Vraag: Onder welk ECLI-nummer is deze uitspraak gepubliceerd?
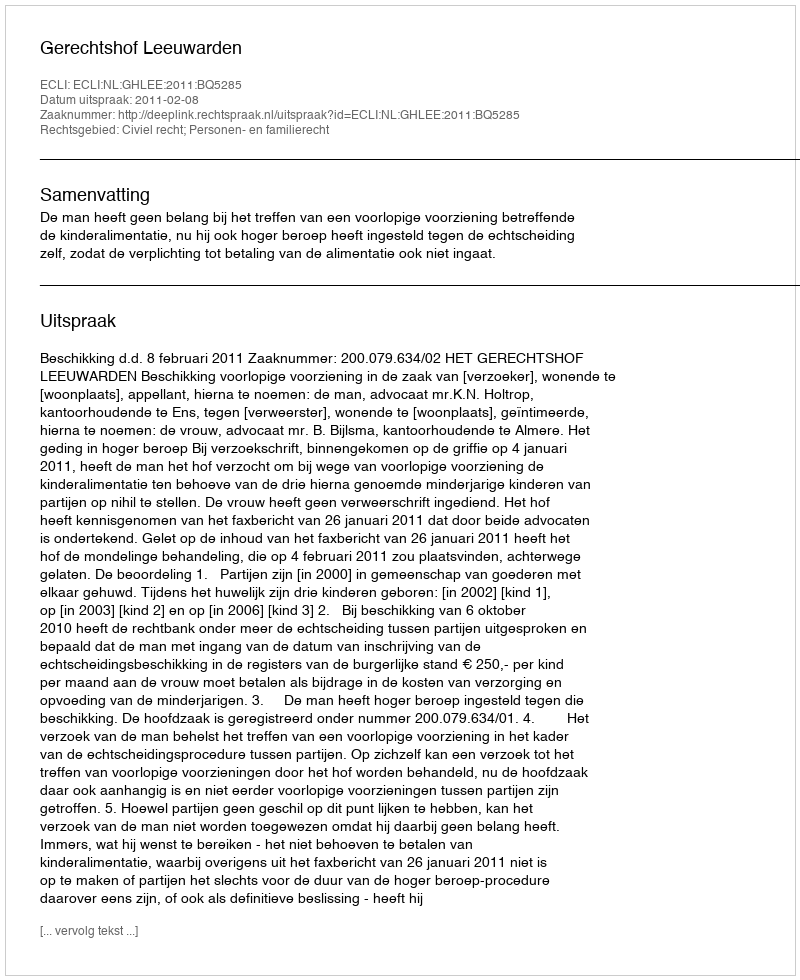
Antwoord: ECLI:NL:GHLEE:2011:BQ5285